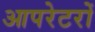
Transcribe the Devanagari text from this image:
आपरेटरों